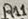
Text: R11